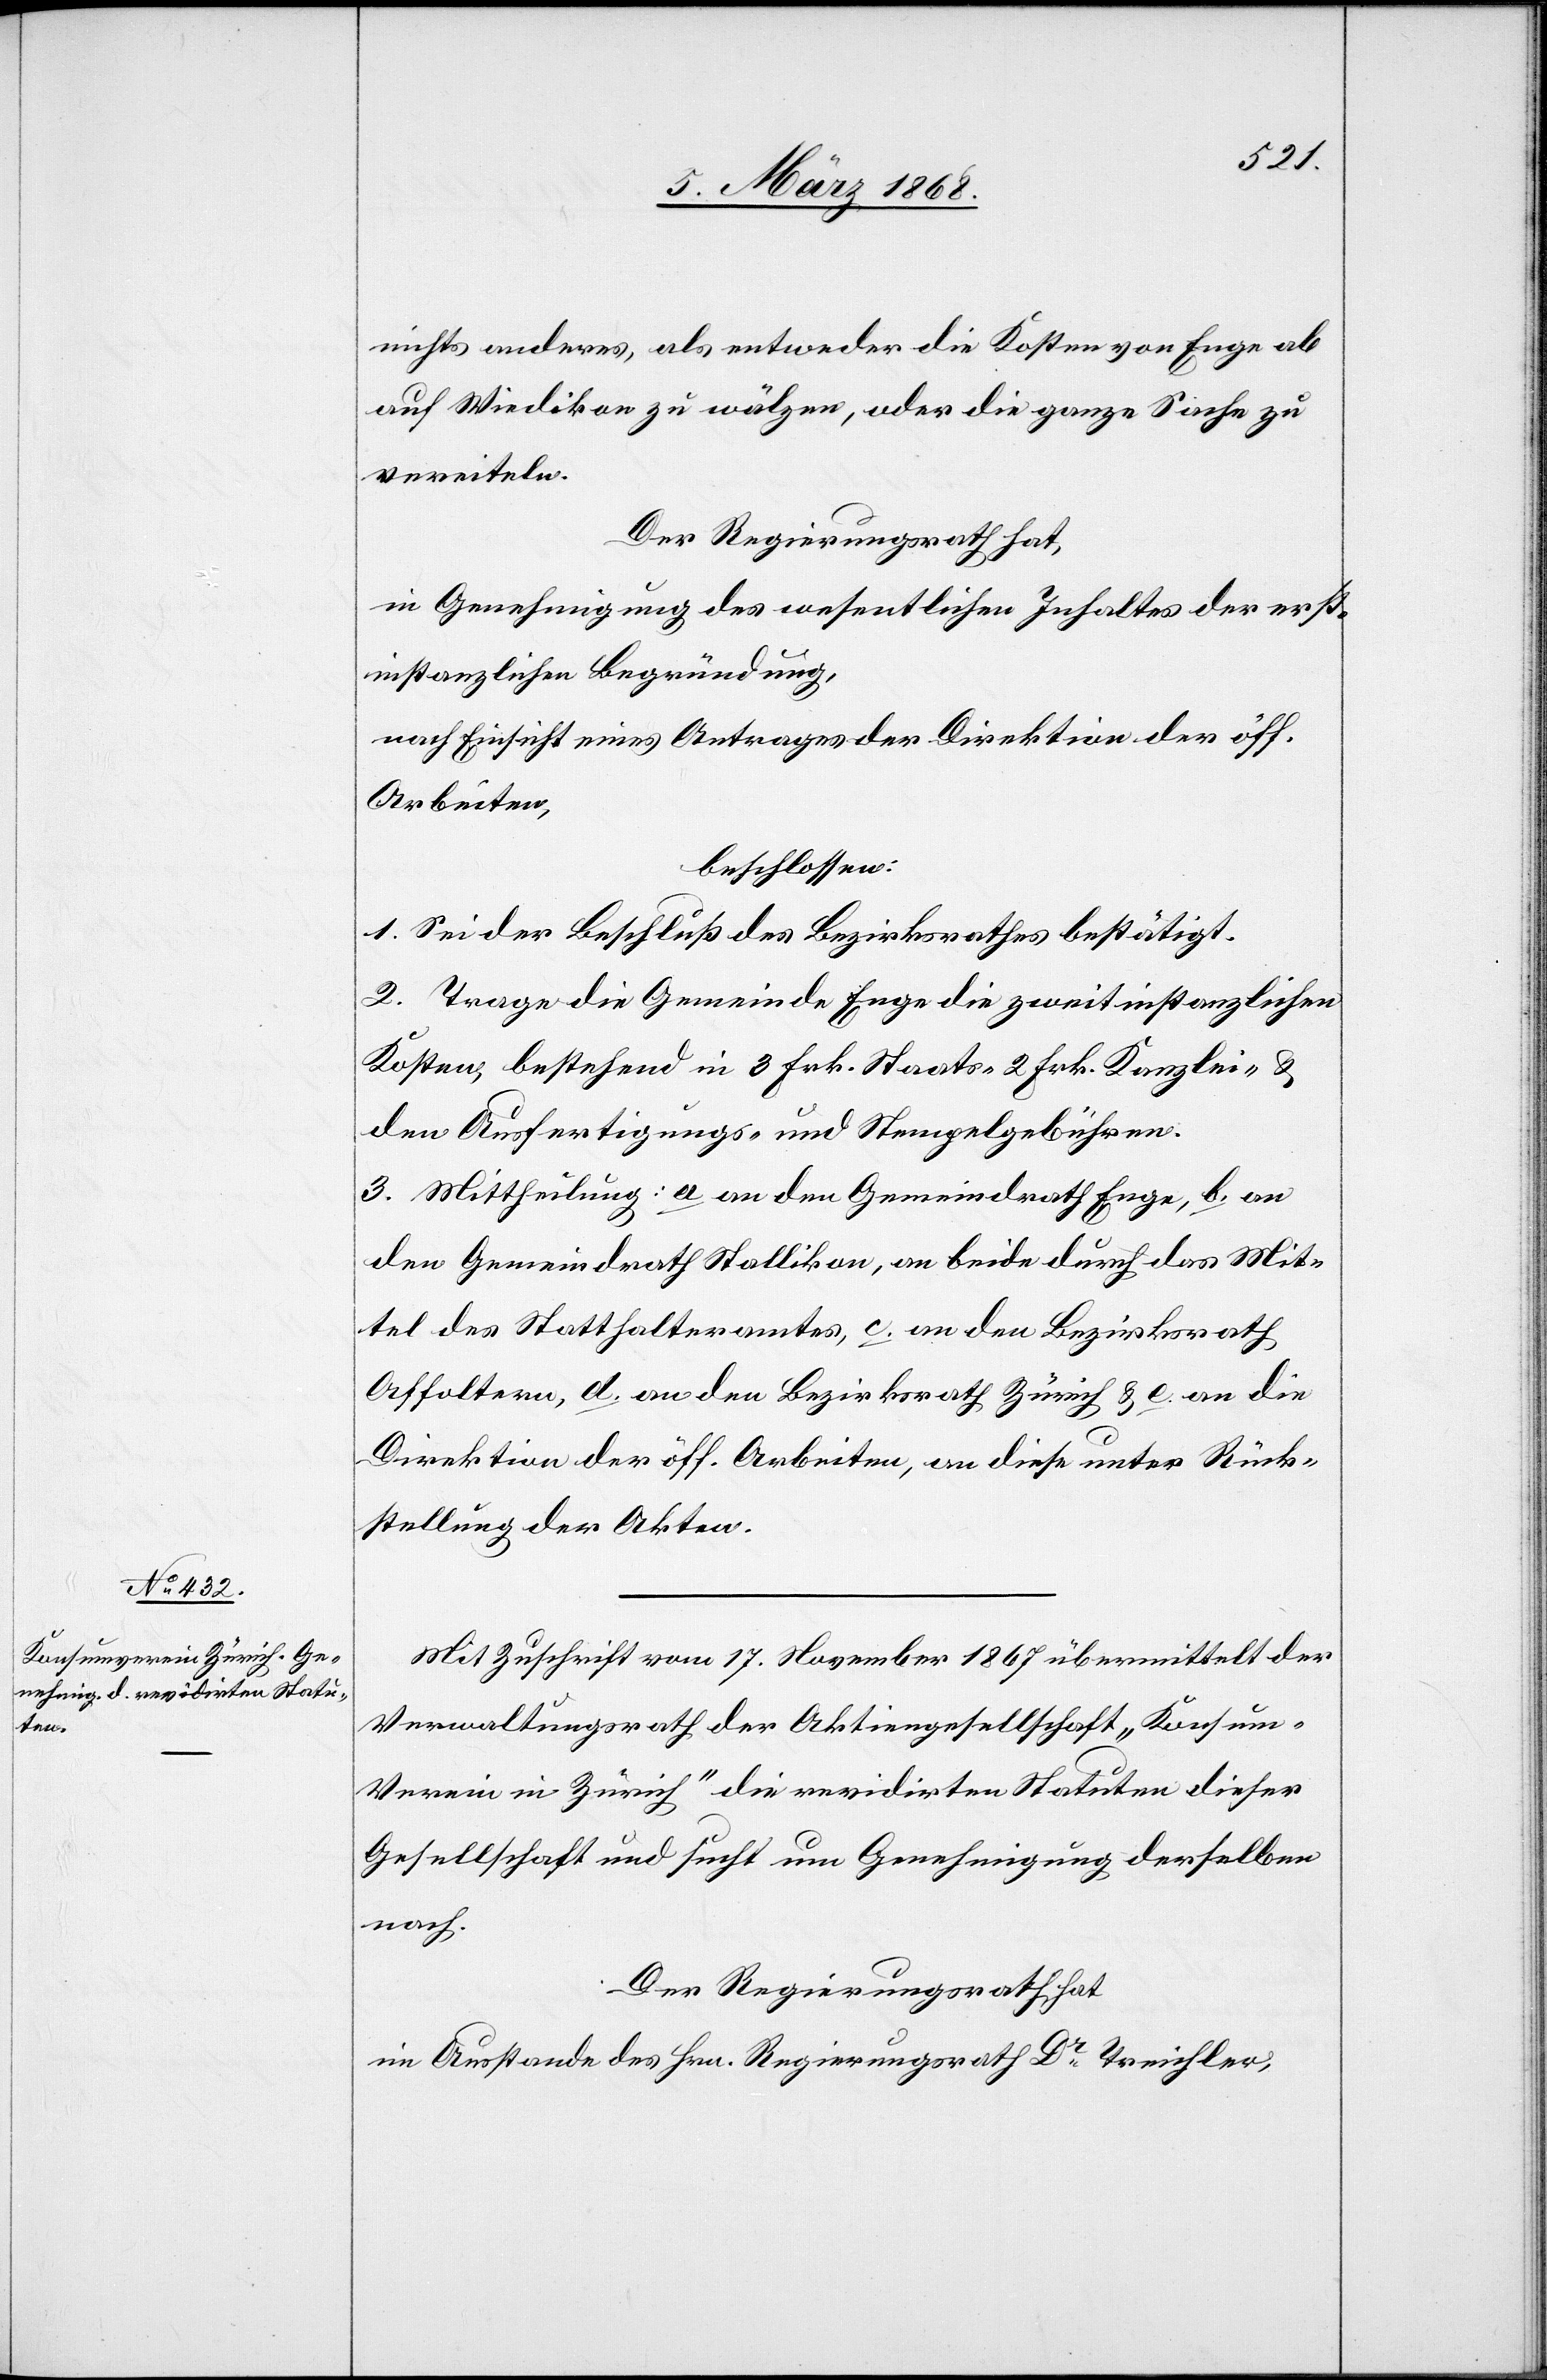
nichts anderes, als entweder die Kosten von Enge ab
auf Wiedikon zu wälzen, oder die ganze Sache zu
vereiteln.
Der Regierungsrath hat,
in Genehmigung des wesentlichen Inhaltes der erst¬
instanzlichen Begründung,
nach Einsicht eines Antrages der Direktion der öff.
Arbeiten,
beschlossen:
1. Sei der Beschluß des Bezirksrathes bestätigt.
2. Trage die Gemeinde Enge die zweitinstanzlichen
Kosten, bestehend in 3 Frk. Staats-[,] 2 Frk. Kanzlei- &
den Ausfertigungs- und Stempelgebühren.
3. Mittheilung: a an den Gemeindrath Enge, b. an
den Gemeindrath Stallikon, an beide durch das Mit¬
tel des Statthalteramtes, c. an den Bezirksrath
Affoltern, d. an den Bezirksrath Zürich & e. an die
Direktion der öff. Arbeiten, an diese unter Rück¬
stellung der Akten.
Mit Zuschrift vom 17. November 1867 übermittelt der
Verwaltungsrath der Aktiengesellschaft „Konsum-V¬
erein in Zürich“ die revidirten Statuten dieser
Gesellschaft und sucht um Genehmigung derselben
nach.
Der Regierungsrath hat
im Ausstande des Hrn. Regierungsrath Dr. Treichler,